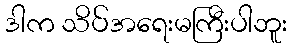
ဒါက သိပ်အရေးမကြီးပါဘူး